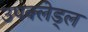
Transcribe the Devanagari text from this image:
उपक्लेड्ल